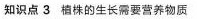
知识点3植株的生长需要营养物质